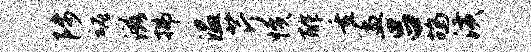
陟魂滋拂温芹愤酢重孟吕鸪潢